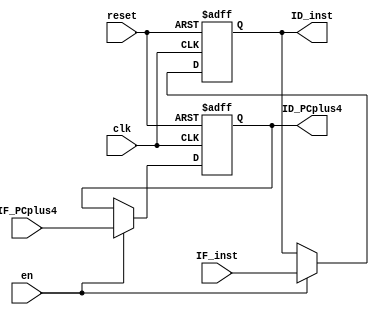
`timescale 1ns / 1ps
//////////////////////////////////////////////////////////////////////////////////
// Company:
// Engineer:
//
// Design Name:
// Module Name: IF_ID
// Project Name:
// Target Devices:
// Tool Versions:
// Description:
//
// Dependencies:
//
// Revision:
// Revision 0.01 - File Created
// Additional Comments:
//
//////////////////////////////////////////////////////////////////////////////////


/*module IF_ID(IF_inst, IF_PCplus4, en, clk, clr, ID_inst, ID_PCplus4);
input [31:0] IF_inst, IF_PCplus4;
input en, clk, clr;
output [31:0] ID_inst, ID_PCplus4;

register32 regI(IF_inst, en, clk, ID_inst, clr);
register32 regPC4(IF_PCplus4, en, clk, ID_PCplus4, clr);
endmodule
*/

module IF_ID(IF_inst, IF_PCplus4, en, clk, reset, ID_inst, ID_PCplus4);
input [31:0] IF_inst, IF_PCplus4;
input en, clk, reset;
output reg [31:0] ID_inst, ID_PCplus4;

always @ (posedge clk or posedge reset) begin
    if (reset) begin
        ID_inst = 0;
        ID_PCplus4 = 0;
    end else begin
        if (en) begin
            ID_inst = IF_inst;
            ID_PCplus4 = IF_PCplus4;
        end
    end
end

endmodule